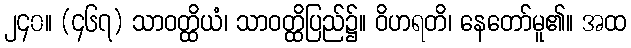
၂၄၀။ (၄၆၇) သာဝတ္ထိယံ၊ သာဝတ္ထိပြည်၌။ ဝိဟရတိ၊ နေတော်မူ၏။ အထ